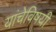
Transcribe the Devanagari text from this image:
यांचेविषयी